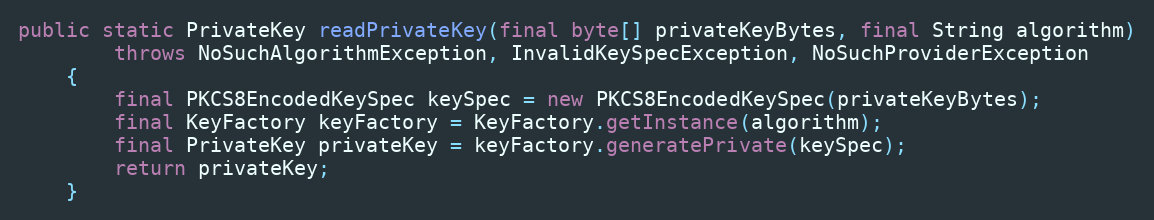
Language: Java
public static PrivateKey readPrivateKey(final byte[] privateKeyBytes, final String algorithm)
		throws NoSuchAlgorithmException, InvalidKeySpecException, NoSuchProviderException
	{
		final PKCS8EncodedKeySpec keySpec = new PKCS8EncodedKeySpec(privateKeyBytes);
		final KeyFactory keyFactory = KeyFactory.getInstance(algorithm);
		final PrivateKey privateKey = keyFactory.generatePrivate(keySpec);
		return privateKey;
	}